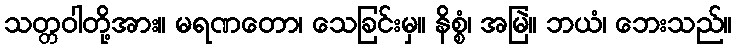
သတ္တဝါတို့အား။ မရဏတော၊ သေခြင်းမှ။ နိစ္စံ၊ အမြဲ။ ဘယံ၊ ဘေးသည်။